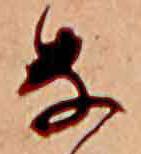
な